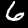
Label: 6